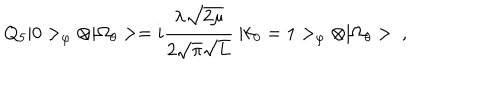
Q _ { 5 } | 0 > _ { \varphi } \otimes | \Omega _ { \theta } > = i \frac { \lambda \sqrt { 2 \mu } } { 2 \sqrt { \pi } \sqrt { L } } \ | k _ { 0 } = 1 > _ { \varphi } \otimes | \Omega _ { \theta } > \ ,